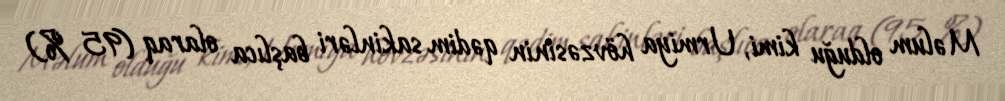
Məlum olduğu kimi, Urmiya hövzəsinin qədim sakinləri başlıca olaraq (95 %)